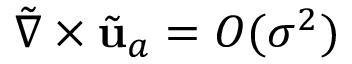
\tilde { \nabla } \times \tilde { \mathbf { u } } _ { a } = O ( \sigma ^ { 2 } )